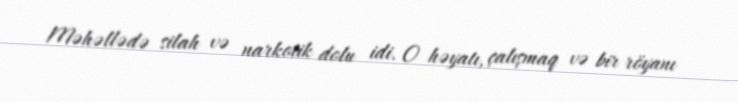
Məhəllədə silah və narkotik dolu idi. O həyatı, çalışmaq və bir röyanı